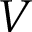
V